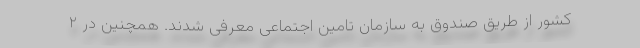
کشور از طریق صندوق به سازمان تامین اجتماعی معرفی شدند. همچنین در ۲